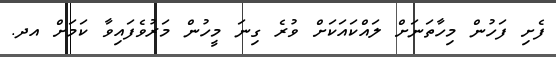
ފެށި ފަހުން މިހާތަނަށް ލައްކައަކަށް ވުރެ ގިނަ މީހުން މަރުވެފައިވާ ކަމަށް އދ.